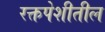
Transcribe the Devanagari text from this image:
रक्तपेशीतील